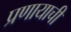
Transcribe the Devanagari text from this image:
प्रणायाची